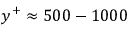
y ^ { + } \approx 5 0 0 - 1 0 0 0